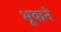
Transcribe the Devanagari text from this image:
भूकने